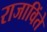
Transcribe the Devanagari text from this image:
राजाविंते